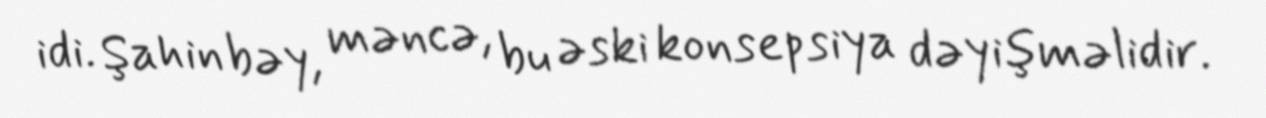
idi. Şahin bəy, məncə, bu əski konsepsiya dəyişməlidir.